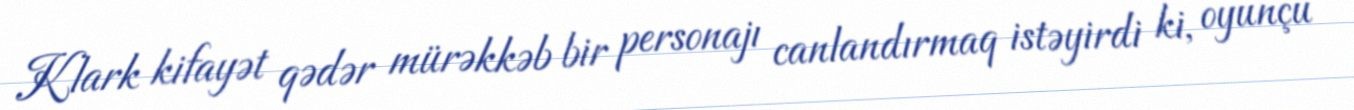
Klark kifayət qədər mürəkkəb bir personajı canlandırmaq istəyirdi ki, oyunçu